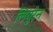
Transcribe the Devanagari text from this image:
लियुरेन